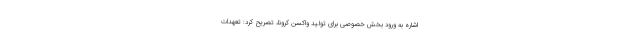
اشاره به ورود بخش خصوصی برای تولید واکسن کرونا، تصریح کرد: تعهدات